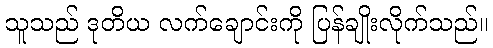
သူသည် ဒုတိယ လက်ချောင်းကို ပြန်ချိုးလိုက်သည်။